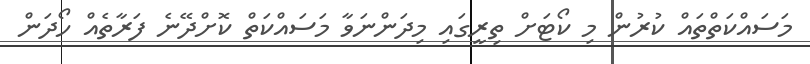
މަސައްކަތްތައް ކުރުން މި ކޯޓަށް ތިރީގައި މިދަންނަވާ މަސައްކަތް ކޮށްދޭނެ ފަރާތެއް ހޯދަން